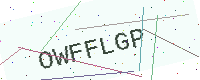
Text: OWFFLGP